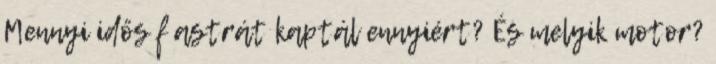
Mennyi idős f astrát kaptál ennyiért? És melyik motor?